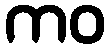
ကဝ